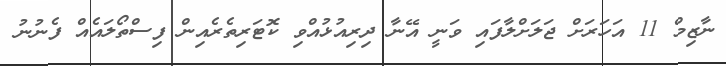
ނާޒިމް 11 އަހަރަށް ޖަލަށްލާފައި ވަނީ އޭނާ ދިރިއުޅުއްވި ކޮޓަރިތެރެއިން ފިސްތޯލައެއް ފެނުނު